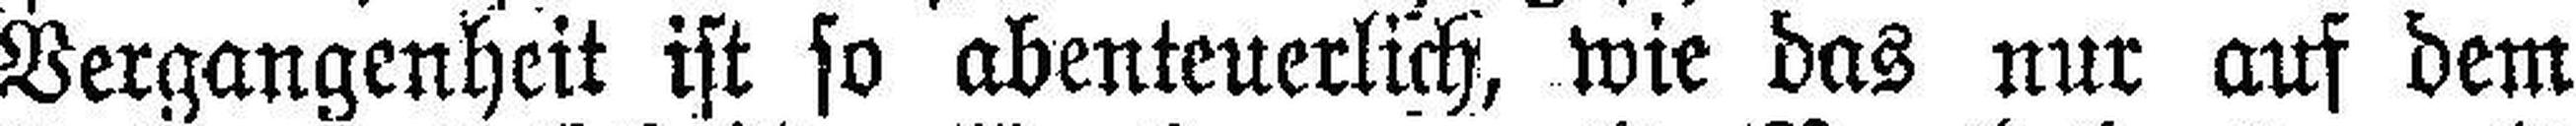
Vergangenheit ist so abenteuerlich, wie das nur auf dem